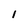
Character: l